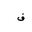
Letter: _fa